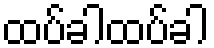
ထပ်ခါထပ်ခါ